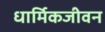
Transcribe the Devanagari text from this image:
धार्मिकजीवन